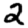
Digit: 2